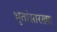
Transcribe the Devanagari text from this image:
भुतांसारख्या